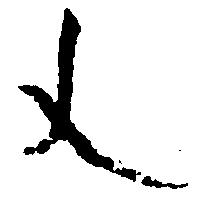
文